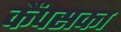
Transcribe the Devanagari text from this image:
कैंपसका